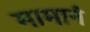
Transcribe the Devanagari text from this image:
मामानं